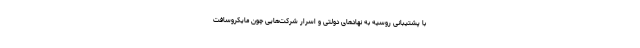
با پشتیبانی روسیه به نهادهای دولتی و اسرار شرکت‌هایی چون مایکروسافت